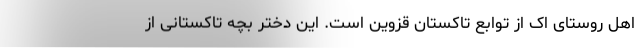
اهل روستای اک از توابع تاکستان قزوین است. این دختر بچه تاکستانی از